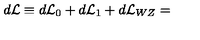
d { \cal { L } } \equiv d { \cal { L } } _ { 0 } + d { \cal { L } } _ { 1 } + d { \cal { L } } _ { W Z } =